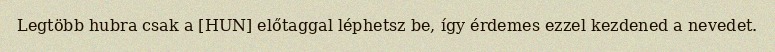
Legtöbb hubra csak a [HUN] előtaggal léphetsz be, így érdemes ezzel kezdened a nevedet.